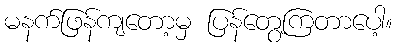
မနက်ဖြန်ကျတော့မှ ပြန်တွေ့ကြတာပေါ့။